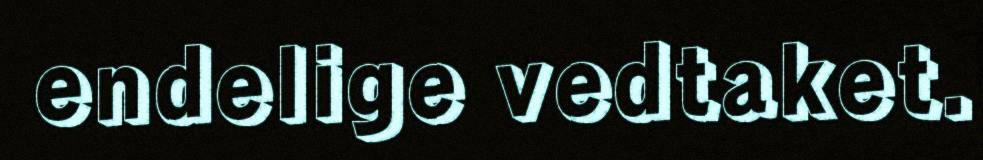
endelige vedtaket.